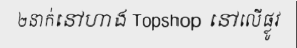
២នាក់នៅហាង Topshop នៅលើផ្លូវ